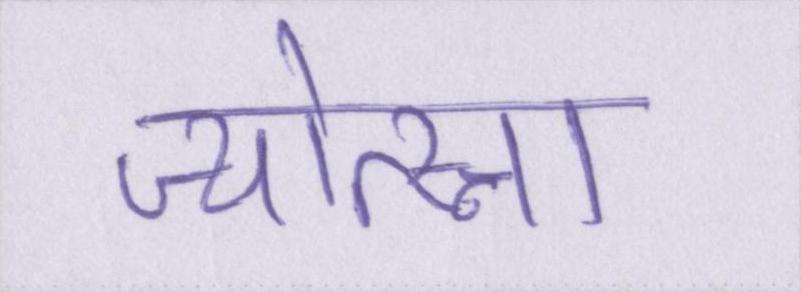
ज्योत्स्ना